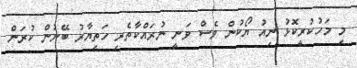
މި މަހުކުރީކޮޅު ނިއު ޔޯކުން ވެސް ވަނީ ނުރައްކާތެރި ހަތިޔާރު ބޭނުން ކުރަން